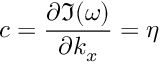
c = \frac { \partial \Im ( \omega ) } { \partial k _ { x } } = \eta